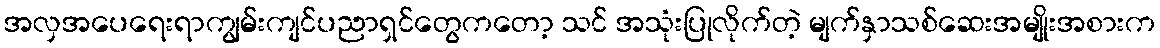
အလှအပေရေးရာကျွမ်းကျင်ပညာရှင်တွေကတော့ သင် အသုံးပြုလိုက်တဲ့ မျက်နှာသစ်ဆေးအမျိုးအစားက